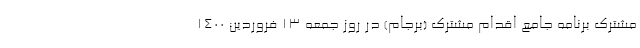
مشترک برنامه جامع اقدام مشترک (برجام) در روز جمعه ۱۳ فروردین ۱۴۰۰